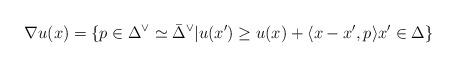
LaTeX: \begin{align*}\nabla u(x)= \{ p\in \Delta^\vee\simeq \bar{\Delta}^\vee | u(x')\geq u(x)+ \langle x-x', p\rangle x'\in \Delta \}\end{align*}